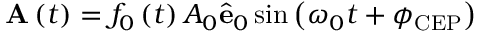
\mathbf { A } \left( t \right) = f _ { 0 } \left( t \right) A _ { 0 } \hat { \mathbf { e } } _ { 0 } \sin \left( \omega _ { 0 } t + \phi _ { \mathrm { C E P } } \right)